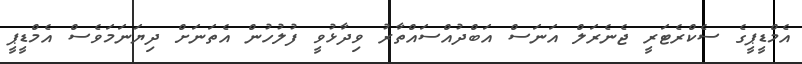
އެމްޑީޕީގެ ސެކްރެޓަރީ ޖެނެރަލް އަނަސް އަބްދުއްސައްތާރު ވިދާޅުވީ ފުލުހުން އެތަނަށް ދިޔަނަމަވެސް އެމްޑީޕީ